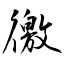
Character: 徼